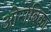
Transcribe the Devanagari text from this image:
ओरोबिका